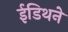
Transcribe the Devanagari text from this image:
ईडिथने